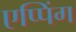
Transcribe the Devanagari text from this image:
एप्पिंग